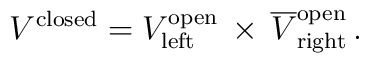
V^{\rm closed} = V_{\rm left}^{\rm open}\, \times \,  \overline{V}_{\rm right}^{\rm  open} \,.